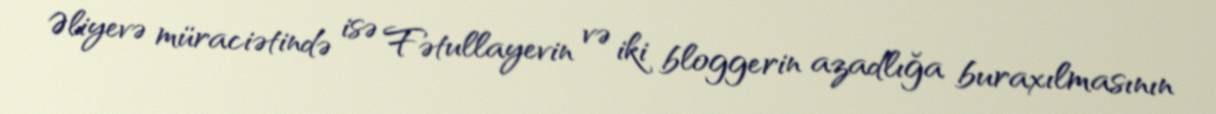
Əliyevə müraciətində isə Fətullayevin və iki bloggerin azadlığa buraxılmasının